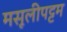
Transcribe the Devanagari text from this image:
मसूलीपट्टम